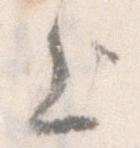
上